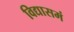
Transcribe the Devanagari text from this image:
विद्यासमं